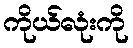
ကိုယ်လုံးကို